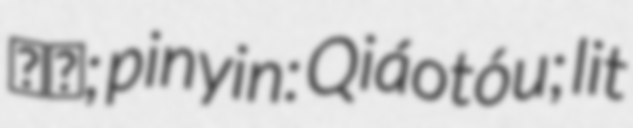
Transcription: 橋頭; pinyin: Qiáotóu; lit